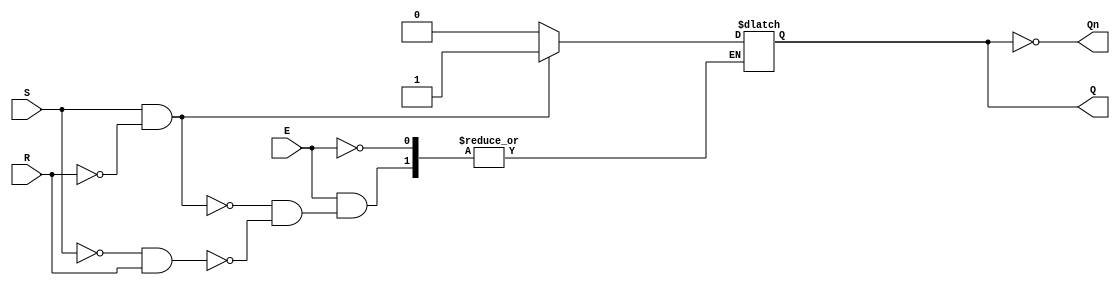
module GatedSRLatch (
    input wire S,      // Set Input
    input wire R,      // Reset Input
    input wire E,      // Enable Input
    output reg Q,      // Output Q
    output wire Qn     // Complement of Q
);

// Complement output
assign Qn = ~Q;

// Gated SR Latch behavior
always @(S, R, E) begin
    if (E) begin
        if (S && ~R) begin
            Q <= 1;    // Set Q
        end else if (~S && R) begin
            Q <= 0;    // Reset Q
        end else if (~S && ~R) begin
            // Retain previous state (do nothing)
        end else begin
            // Invalid state, do nothing or add error handling if needed
            // Can also implement a reset state for this condition if desired
        end
    end
    // When E is low, retain the previous state (automatically handled by non-blocking assignment)
end

endmodule